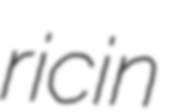
ricin